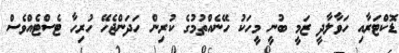
ޑޮކްޓަރާއި ހަވާލާދީ ޒަމީ ބުނީ މީހަކު ހޭނެއްތުމުގެ ކުރިން ހަދަންޖެހޭ ހުރިހާ ޓެސްޓެއްވެސް